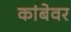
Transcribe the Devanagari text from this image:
कांबेवर